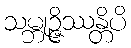
သမ္ဘုဉ္ဇိဿန္တိပိ